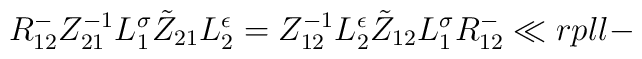
{R}^-_{12}Z_{21}^{-1}L_{1}^{\sigma}\tilde Z_{21}L_{2}^{\epsilon}= Z_{12}^{-1}L_{2}^{\epsilon}\tilde Z_{12}L_{1}^{\sigma}{R}^-_{12}\ll{rpll-}